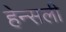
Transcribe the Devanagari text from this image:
हेन्सली